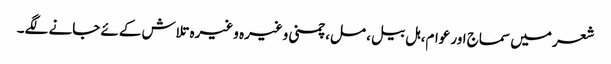
شعر میں سماج اور عوام، ہل بیل، مل، چمنی وغیرہ وغیرہ تلاش کےئے جانے لگے۔